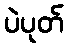
ပဲပုတ်